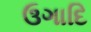
ઉગાદિ